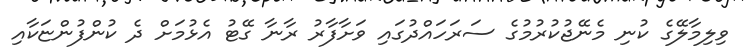
ވިލިމާލޭގެ ކުނި މެނޭޖުކުރުމުގެ ސަރަހައްދުގައި ވަށާފާރު ރާނާ ގޭޓު އެޅުމަށް ދެ ކުންފުންޏަކާއި